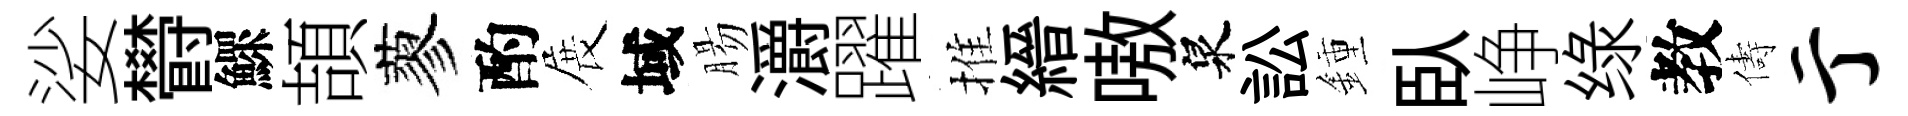
娑欎鰥頡蓼酌展域腸灂躍推縉嗷泉訟鍾臥峥绿教儔亍